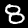
Label: 8